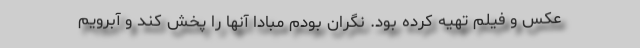
عکس و فیلم تهیه کرده بود. نگران بودم مبادا آنها را پخش کند و آبرویم